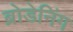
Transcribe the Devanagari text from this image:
ब्रोडेनिंग